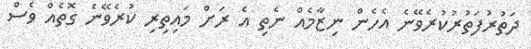
ދަތުރުފަތުރުކުރެވޭނެ އެހެން ނިޒާމެއް ނެތި އެ ރަށް މައިތިރި ކުރެވޭނެ ގޮތެއް ވެސް